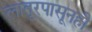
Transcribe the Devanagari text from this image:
लातूरपासूनही